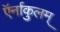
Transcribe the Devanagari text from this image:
ऍर्नाकुलम्